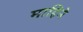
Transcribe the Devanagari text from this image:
माहिने